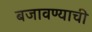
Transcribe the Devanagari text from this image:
बजावण्याची